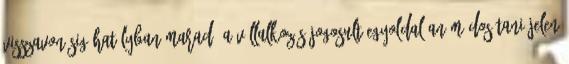
visszavonásig hatályban marad. A Vállalkozás jogosult egyoldalúan módosítani jelen